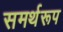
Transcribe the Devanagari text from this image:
समर्थरूप